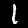
Digit: 1